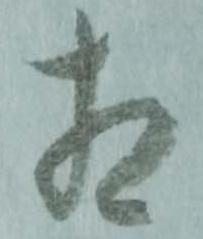
相